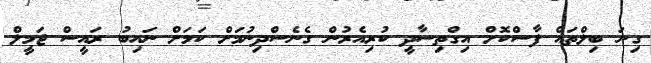
ގިނަ ބިލްތައް ފާސްކޮށް އިގްތިސާދީ ކުރިއެރުން ގެނެސްދިނުމަށް ކަމަށް ނައިބު ރައީސް ޖަމީލް